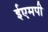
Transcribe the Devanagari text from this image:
ईएमपी